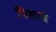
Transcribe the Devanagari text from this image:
पिशाचे